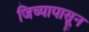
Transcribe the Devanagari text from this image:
जिच्यापासून